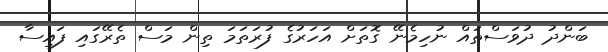
ބަންދު ދުވަސްތައް ނުހިމެނޭ ގޮތަށް އަހަރުގެ ފުރަތަމަ ތިން މަސް ތެރޭގައި ފައިސާ